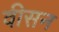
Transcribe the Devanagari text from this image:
वीसन